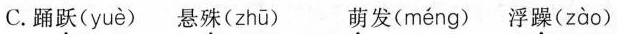
C.踊跃( yuè ) 悬殊( zhū ) 萌发( méng ) 浮躁( zào )